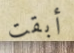
أبقت